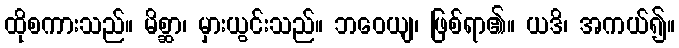
ထိုစကားသည်။ မိစ္ဆာ၊ မှားယွင်းသည်။ ဘဝေယျ၊ ဖြစ်ရာ၏။ ယဒိ၊ အကယ်၍။